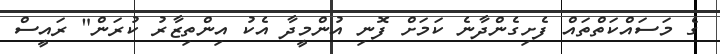
ގެ މަސައްކަތްތައް ފެށިގެންދާނެ ކަމަށް ފޮނި އުންމީދާ އެކު އިންތިޒާރު ކުރަން" ރައީސް